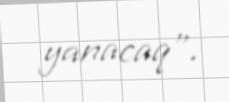
yanacaq”.